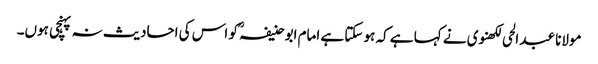
مولانا عبد الحی لکھنوی نے کہا ہے کہ ہو سکتا ہے امام ابو حنیفہؒ کو اس کی احادیث نہ پہنچی ہوں۔